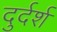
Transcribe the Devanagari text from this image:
दुर्दर्श